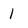
Character: 1